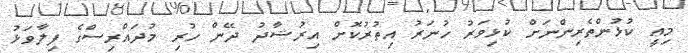
މިއީ ކުޅުންތެރިންނަށް ކުޅިވަރު ހުނަރު އިތުރުކޮށް އިރުޝާދު ދޭން ހުރި މުދައްރިސްގެ ފިލާވަޅު